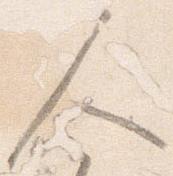
人